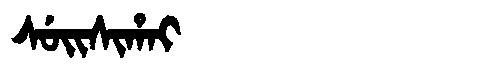
Manchu: ᠰᡠᡳᠰᡳᡥᠠᡳ
Romanization: SUISIHAI